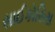
સાઈકોસિસ